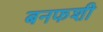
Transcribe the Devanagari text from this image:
बनफशी